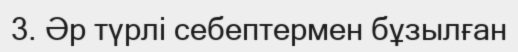
3. Әр түрлі себептермен бұзылған